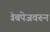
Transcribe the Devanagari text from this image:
वेबपेजवरून